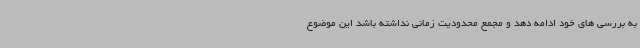
به بررسی های خود ادامه دهد و مجمع محدودیت زمانی نداشته باشد این موضوع